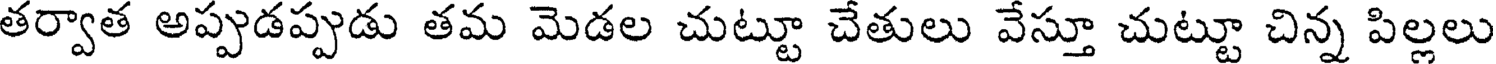
తర్వాత అప్పుడప్పుడు తమ మెడల చుట్టూ చేతులు వేస్తూ చుట్టూ చిన్న పిల్లలు